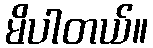
မိပါတယ်။